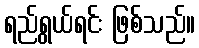
ရည်ရွယ်ရင်း ဖြစ်သည်။